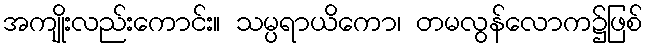
အကျိုးလည်းကောင်း။ သမ္ပရာယိကော၊ တမလွန်လောက၌ဖြစ်